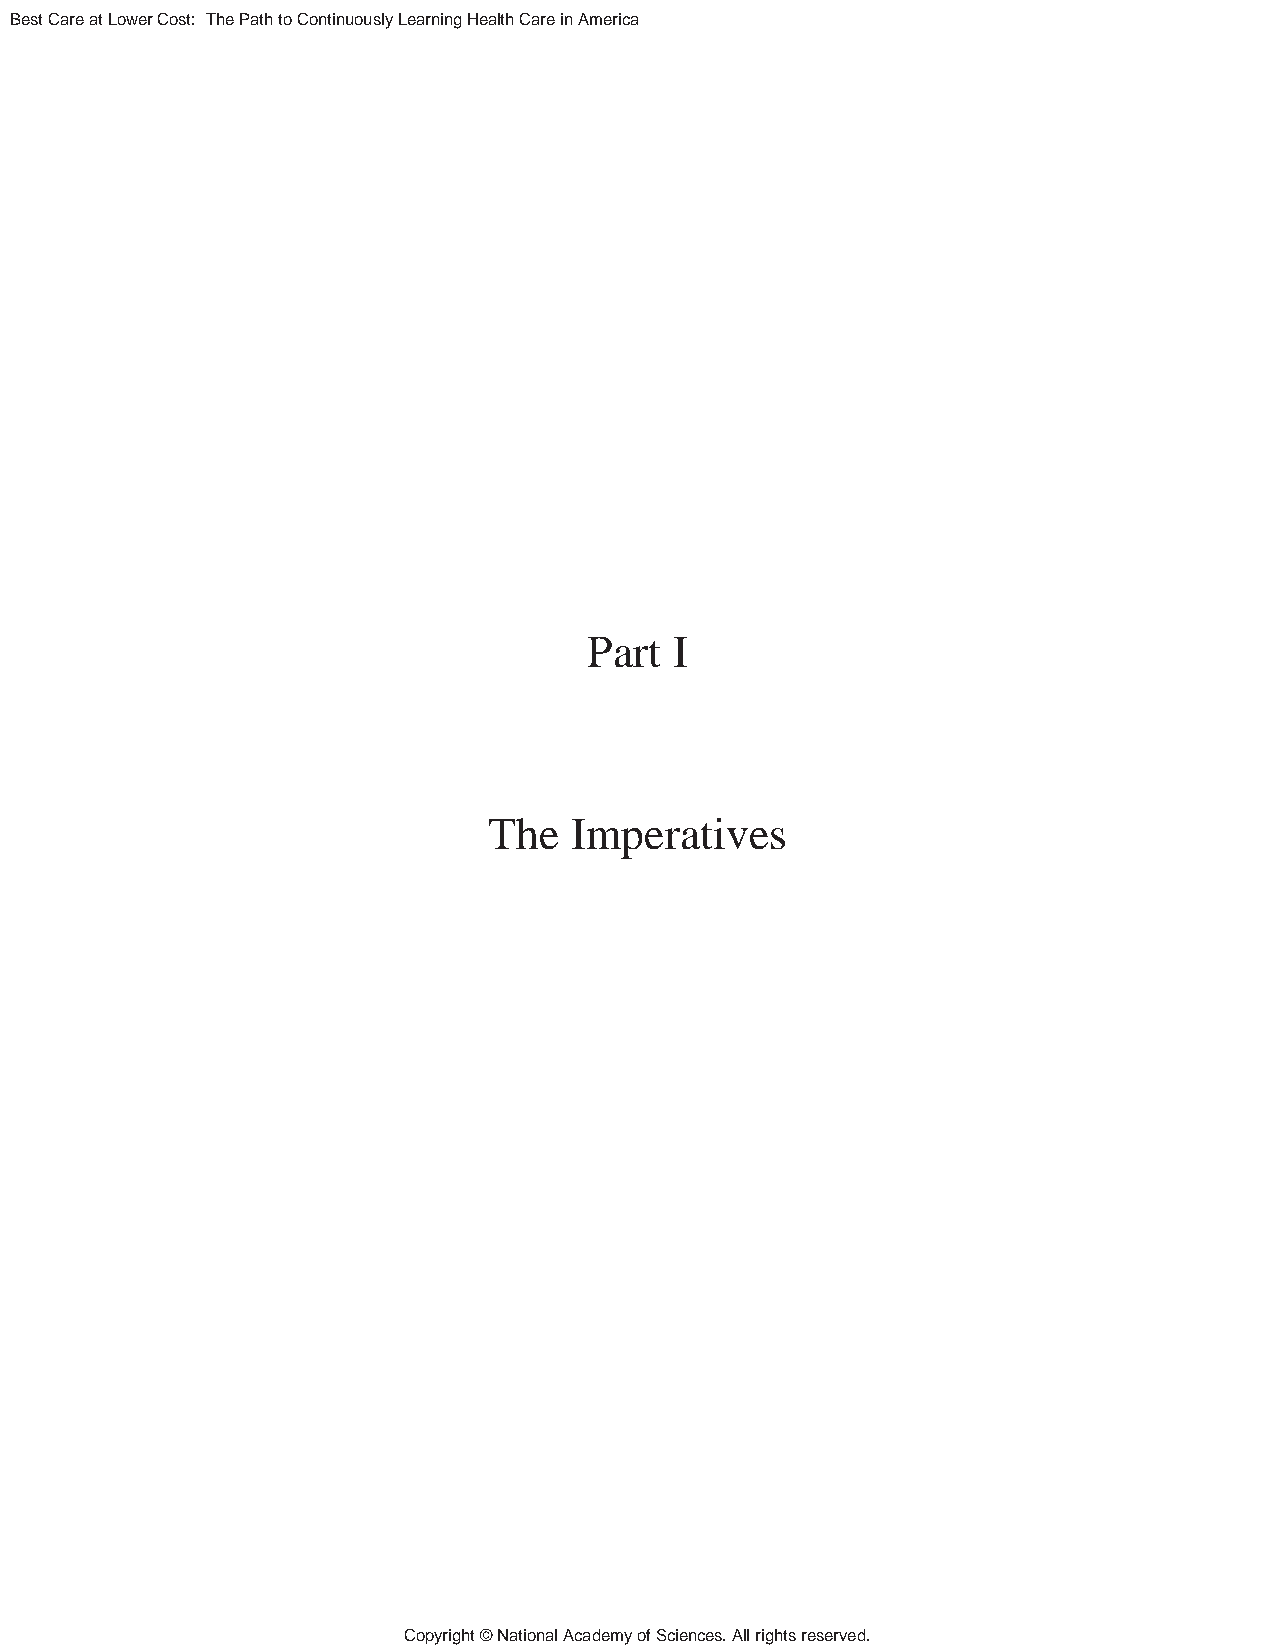
Best Care at Lower Cost: The Path to Continuously Learning Health Care in America
 Part  I
 The   Imperatives
 Copyright © National Academy of Sciences. All rights reserved.